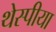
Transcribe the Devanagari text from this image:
थेस्पीया